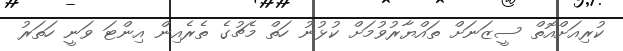
ކުރިއަށްއޮތް ސީޒަނަށް ތައްޔާރުވުމަށް ކުޅުނު ހަތް މެޗުގެ ތެރެއިން އިންޓަ ވަނީ ހަތަރު